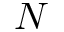
N